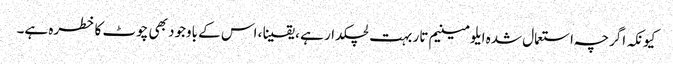
کیونکہ اگرچہ استعمال شدہ ایلومینیم تار بہت لچکدار ہے ، یقینا ، اس کے باوجود بھی چوٹ کا خطرہ ہے۔